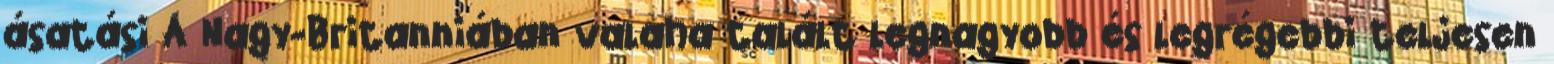
ásatási A Nagy-Britanniában valaha talált legnagyobb és legrégebbi teljesen